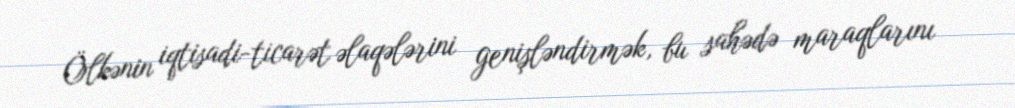
Ölkənin iqtisadi-ticarət əlaqələrini genişləndirmək, bu sahədə maraqlarını